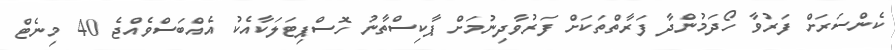
ކެންސަރަށް ފަރުވާ ހޯދަމުންދާ ފަރާތްތަކަށް ފަރުވާދިނުމަށް ޕާކިސްތާނު ހޮސްޕިޓަލަކާއެކު އެއްބަސްވެއްޖެ 40 މިނެޓް